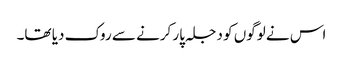
اس نے لوگوں کو دجلہ پار کرنے سے روک دیا تھا۔